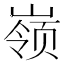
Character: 𱜇